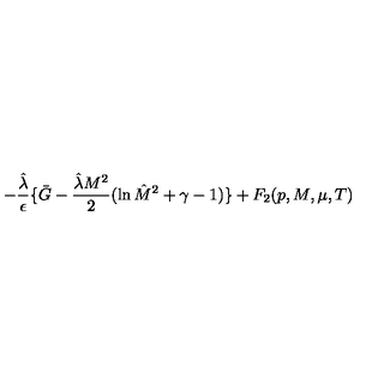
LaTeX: - { \frac { \hat { \lambda } } { \epsilon } } \{ \bar { G } - { \frac { { \hat { \lambda } } M ^ { 2 } } { 2 } } ( \ln { \hat { M } } ^ { 2 } + \gamma - 1 ) \} + F _ { 2 } { ( p , M , \mu , T ) }